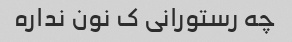
چه رستورانی ک نون نداره